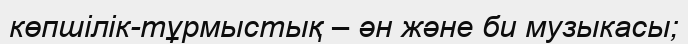
көпшілік-тұрмыстық – ән және би музыкасы;